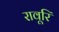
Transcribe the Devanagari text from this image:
रावूरि